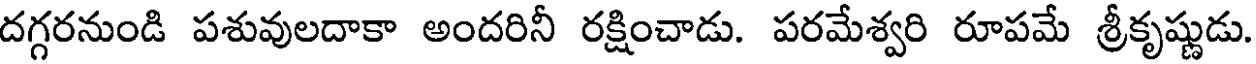
దగ్గరనుండి పశువులదాకా అందరినీ రక్షించాడు. పరమేశ్వరి రూపమే శ్రీకృష్ణుడు